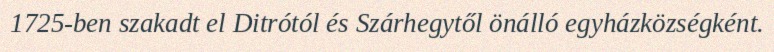
1725-ben szakadt el Ditrótól és Szárhegytől önálló egyházközségként.